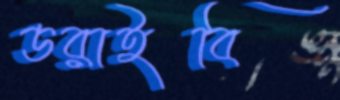
ডরাইবি